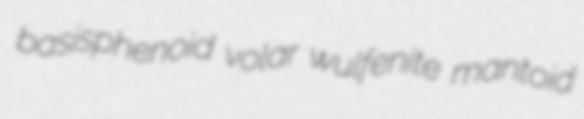
basisphenoid volar wulfenite mantoid